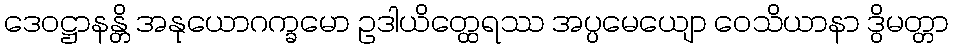
ဒေဝဋ္ဌာနန္တိ အနုယောဂက္ခမော ဥဒါယိတ္ထေရဿ အပ္ပမေယျော ဝေသိယာနာ ဒွိမတ္တာ